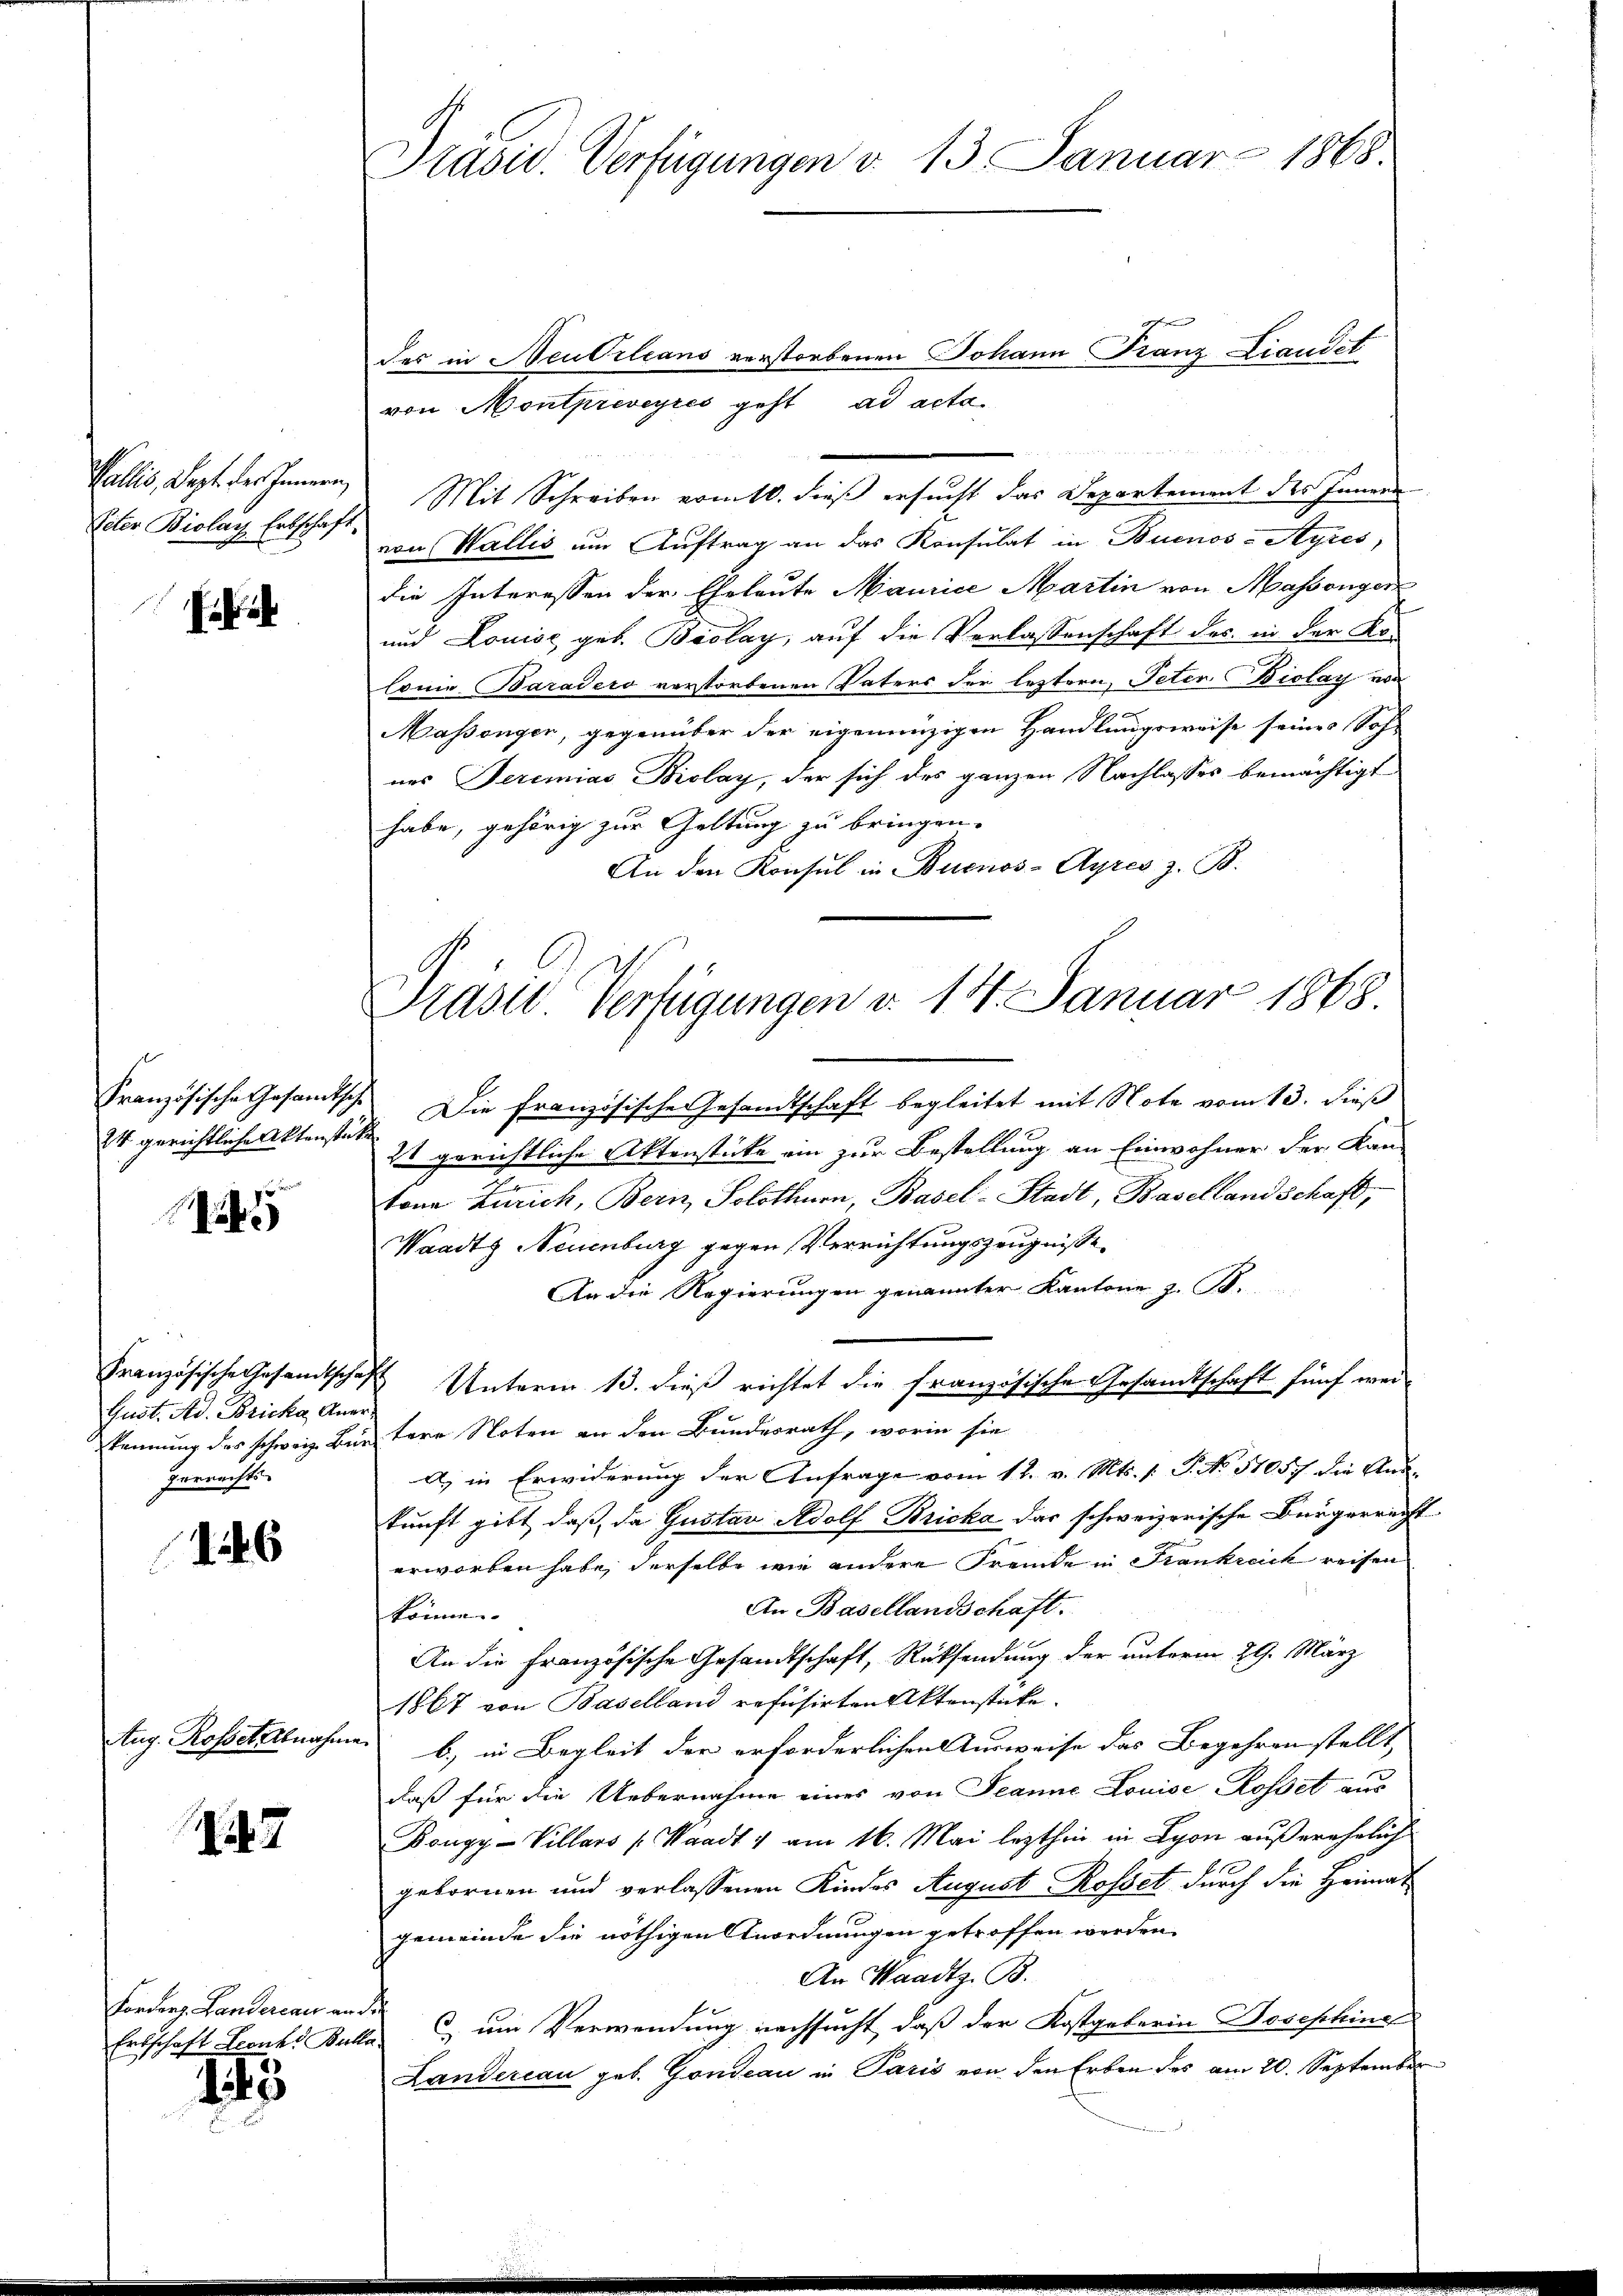
Pallis, Sept. des Innern,

h

24 gerichtliche Aktenstät

a

Gust. Ad. Bricka, Anergerrechts-

146

Zug. Rossel Abnahme.

247

Forders. Landereau an¬

13

Präsid. Verfügungen v. 13. Januar 1868.

des in Neubrleans verstorbenen Johann Franz Landet
von Montpriveyres geht ad acta.
Mit Schreiben ermitt. dieß ersucht das Departement des Innern
Veter Biolay, Erbschaft von Wallis um Auftrag an das Konsulat in Buenos-Ayres,
die Interessen der Eheleute Maurice Martin von Massenger
und Louise, geb. Boslay, auf die Verlassenschaft des in der Ko-
lonie Baradero verstorbenen Vaters der leztern, Peter Biolay von
Massengen, gegenüber der eigenunzigen Handlungsweise seines Soh-
nes Seremias Biolay, der sich des ganzen Nachlasses bemächtigt
habe, gehörig zur Geltung zu bringen.
An den Konsul in Buenos-Ayres z. B.
Französische Gesamtsche Die Französische Gesandtschaft begleitet mit Note vom 13. dieß
h
21 gerichtliche Aktenstücke ein zur Bestellung an Einwohner der Kan-
tone Zürich, Bern, Solothurn, Basel-Stadt, Basellandschaft,
Waadt Neuenburg gegen Verrichtungszeugnisse
An die Regierungen genannter Kantone z. B.
Französische Gesandtschaft Unterm 13. dieß richtet die französische Gesandtschaft fünf weikennung des schweiz. Bürstere Noten an den Bundesrath, worin sie
a) in Erwiderung der Anfrage vom 12. v. Mts. 1. P. No 51057 die Aus-
kunft gibt, daß da Gustav Adolf Bricka das schweizerische Bürgerrecht
erworben habe, derselbe wie andere Fremde in Frankreich reisen
An Basellandschaft.
könne.
An die Französische Gesandtschaft, Rücksendung der unterm 29. März
1867 von Baselland refusirten Aktenstücke.
b) in Begleit der erforderlichen Ausweise das Begehren stellt,
daß für die Uebernahme eines von Jeanne Louise Rosset aus
Bongy-Villars (Waadt v am 16. Mai lezthin in Lyon außerehelich
gebornen und verlassenen Kindes August Rosset durch die Heimat
gemeinde die nöthigen Anordnungen getroffen werden.
An Waadtz. B.
h
Entschaft Franke Bulla  um Verwendung nachsucht, daß der Kostgeberin Josephine
Landereau geb. Gondeau in Paris von den Erben des am 20. September

Prastl. Verfügungen v. 14. Januar 1868.